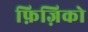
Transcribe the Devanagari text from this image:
फ़िज़िको